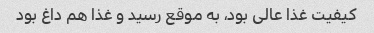
کیفیت غذا عالی بود، به موقع رسید و غذا هم داغ بود